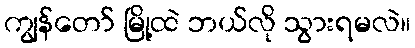
ကျွန်တော် မြို့ထဲ ဘယ်လို သွားရမလဲ။